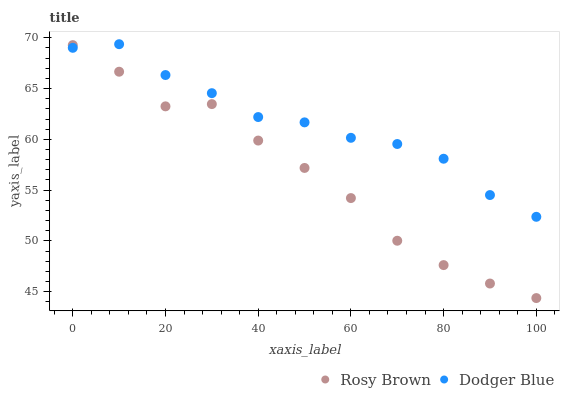
| xaxis_label | Rosy Brown | Dodger Blue |
 | --- | --- | --- |
 | 0 | 69.3 | 69 |
 | 10 | 66.7 | 69.4 |
 | 20 | 63.2 | 66.3 |
 | 30 | 63.5 | 64.5 |
 | 40 | 59.9 | 62.2 |
 | 50 | 57.2 | 61.7 |
 | 60 | 54.2 | 60.2 |
 | 70 | 50 | 59.5 |
 | 80 | 47.6 | 58.1 |
 | 90 | 45.8 | 54.5 |
 | 100 | 44.4 | 52.4 |